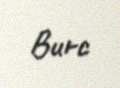
Burc